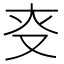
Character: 𠬲